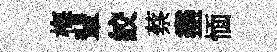
梅輩絞蔡盡愐